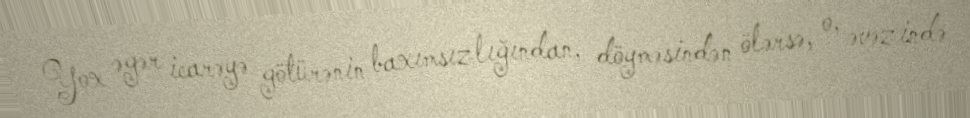
Yox əgər icarəyə götürənin baxımsızlığından, döyməsindən ölərsə, o, əvəzində